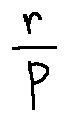
\frac { r } { P }